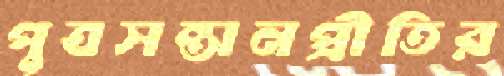
পুত্রসন্তানপ্রীতির